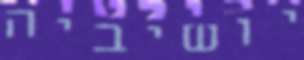
יושיביה